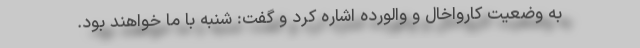
به وضعیت کارواخال و والورده اشاره کرد و گفت: شنبه با ما خواهند بود.